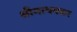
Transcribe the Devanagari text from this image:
श्रीमाधवकर